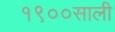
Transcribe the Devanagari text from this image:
१९००साली